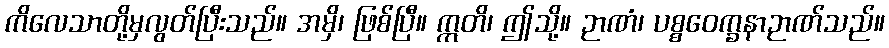
ကိလေသာတို့မှလွတ်ပြီးသည်။ အမှိ၊ ဖြစ်ပြီ။ ဣတိ၊ ဤသို့။ ဉာဏံ၊ ပစ္စဝေက္ခနာဉာဏ်သည်။